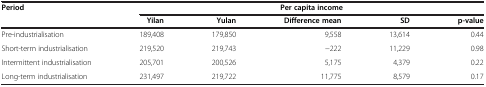
<table><thead><tr><td><b>Period</b></td><td colspan="3"><b>Per capita income</b></td><td colspan="2"><b> </b></td></tr><tr><td><b> </b></td><td><b>Yilan</b></td><td><b>Yulan</b></td><td><b>Difference mean</b></td><td><b>SD</b></td><td><b>p-value</b></td></tr></thead><tbody><tr><td>Pre-industrialisation</td><td>189,408</td><td>179,850</td><td>9,558</td><td>13,614</td><td>0.44</td></tr><tr><td>Short-term industrialisation</td><td>219,520</td><td>219,743</td><td>−222</td><td>11,229</td><td>0.98</td></tr><tr><td>Intermittent industrialisation</td><td>205,701</td><td>200,526</td><td>5,175</td><td>4,379</td><td>0.22</td></tr><tr><td>Long-term industrialisation</td><td>231,497</td><td>219,722</td><td>11,775</td><td>8,579</td><td>0.17</td></tr></tbody></table>